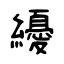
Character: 纋